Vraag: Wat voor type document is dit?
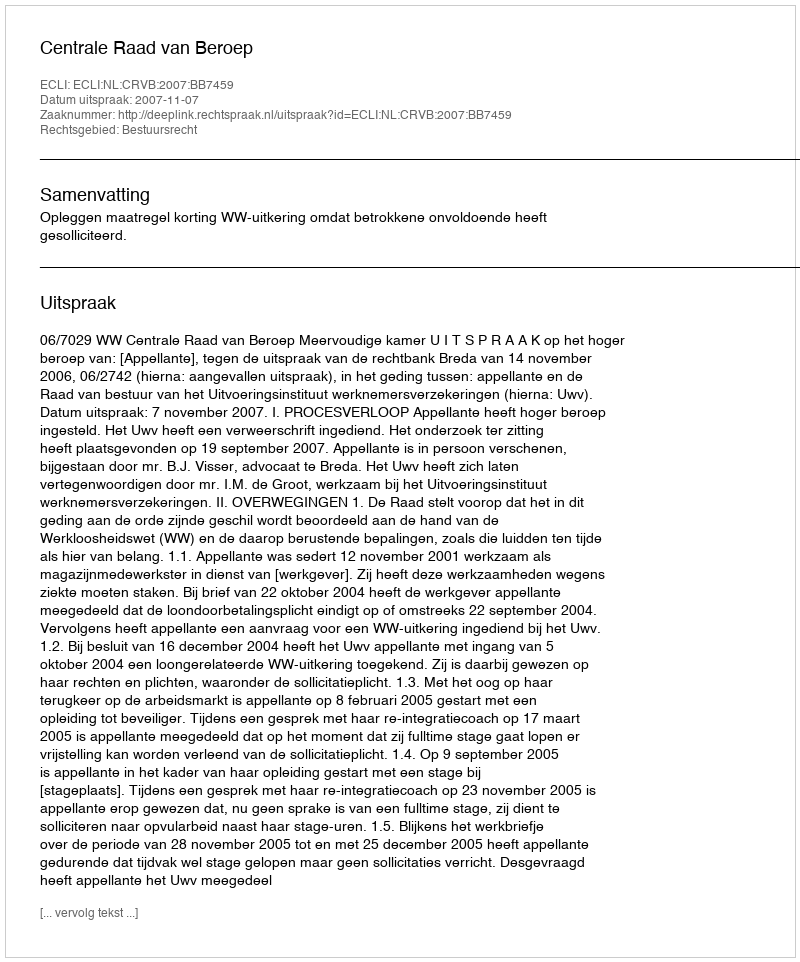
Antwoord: Uitspraak